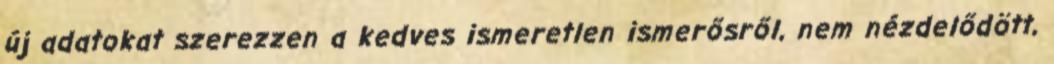
új adatokat szerezzen a kedves ismeretlen ismerősről, nem nézdelődött,